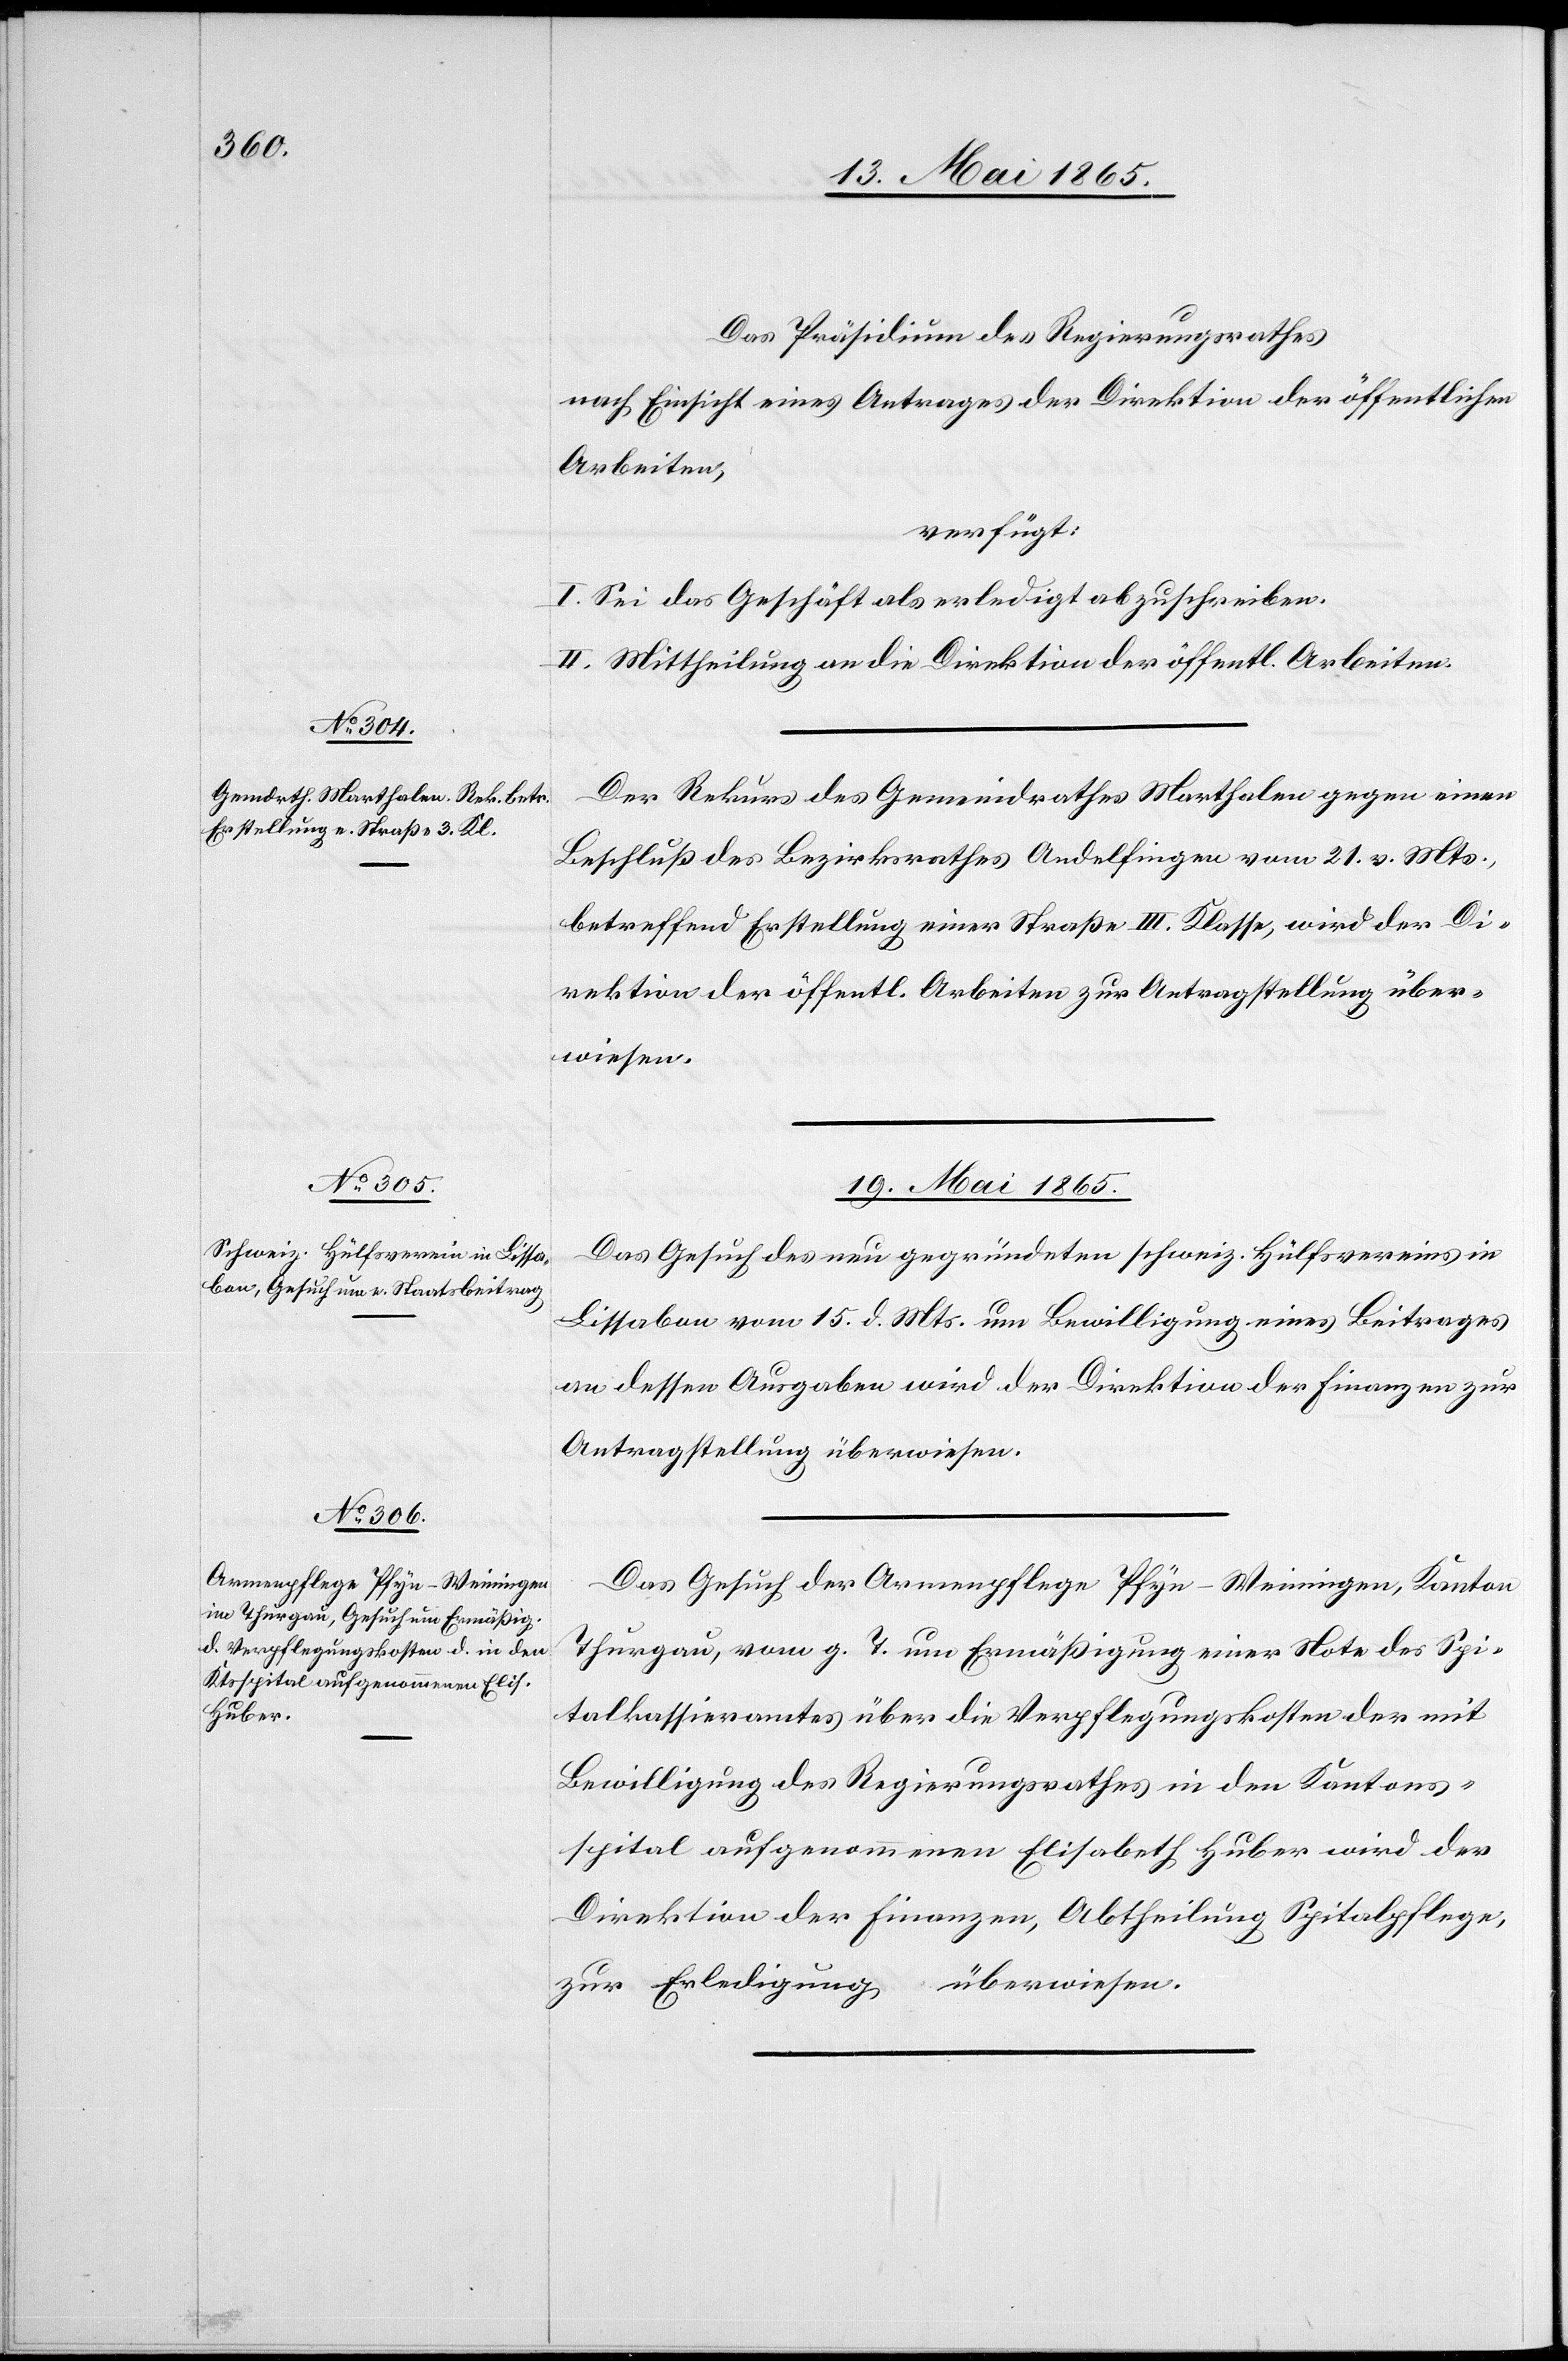
Das Präsidium des Regierungsrathes
nach Einsicht eines Antrages der Direktion der öffentlichen
Arbeiten,
verfügt:
I. Sei das Geschäft als erledigt abzuschreiben.
II. Mittheilung an die Direktion der öffentl. Arbeiten.
Der Rekurs des Gemeindrathes Marthalen gegen einen
Beschluß des Bezirksrathes Andelfingen vom 21. v. Mts.,
betreffend Erstellung einer Straße III. Klasse, wird der Di¬
rektion der öffentl. Arbeiten zur Antragstellung über¬
wiesen.
19. Mai 1865.]
Das Gesuch des neu gegründeten schweiz. Hülfsvereins in
Lissabon vom 15. d. Mts. um Bewilligung eines Beitrages
an dessen Ausgaben wird der Direktion der Finanzen zur
Antragstellung überwiesen.
Das Gesuch der Armenpflege Pfyn-Weiningen, Kanton
Thurgau, vom g. T. um Ermäßigung einer Note des Spi¬
talkassieramtes über die Verpflegungskosten der mit
Bewilligung des Regierungsrathes in den Kantons¬
spital aufgenommenen Elisabeth Huber wird der
Direktion der Finanzen, Abtheilung Spitalpflege,
zur Erledigung überwiesen.